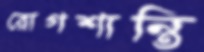
রোগশান্তি